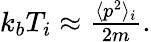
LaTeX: \begin{array}{r}{k_{b}T_{i}\approx\frac{\langle p^{2}\rangle_{i}}{2m}.}\end{array}